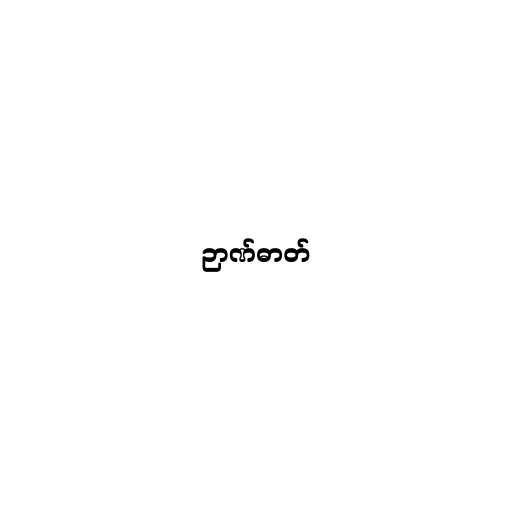
ဉာဏ်ဓာတ်